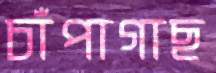
চাঁপাগাছ